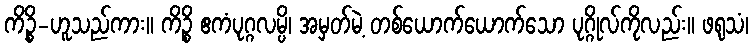
ကိဉ္စိ-ဟူသည်ကား။ ကိဉ္စိ ဧကံပုဂ္ဂလမ္ပိ၊ အမှတ်မဲ့ တစ်ယောက်ယောက်သော ပုဂ္ဂိုလ်ကိုလည်း။ ဖရုသံ၊